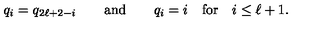
q _ { i } = q _ { 2 \ell + 2 - i } \qquad \mathrm { a n d } \qquad q _ { i } = i \quad \mathrm { f o r } \quad i \leq \ell + 1 .